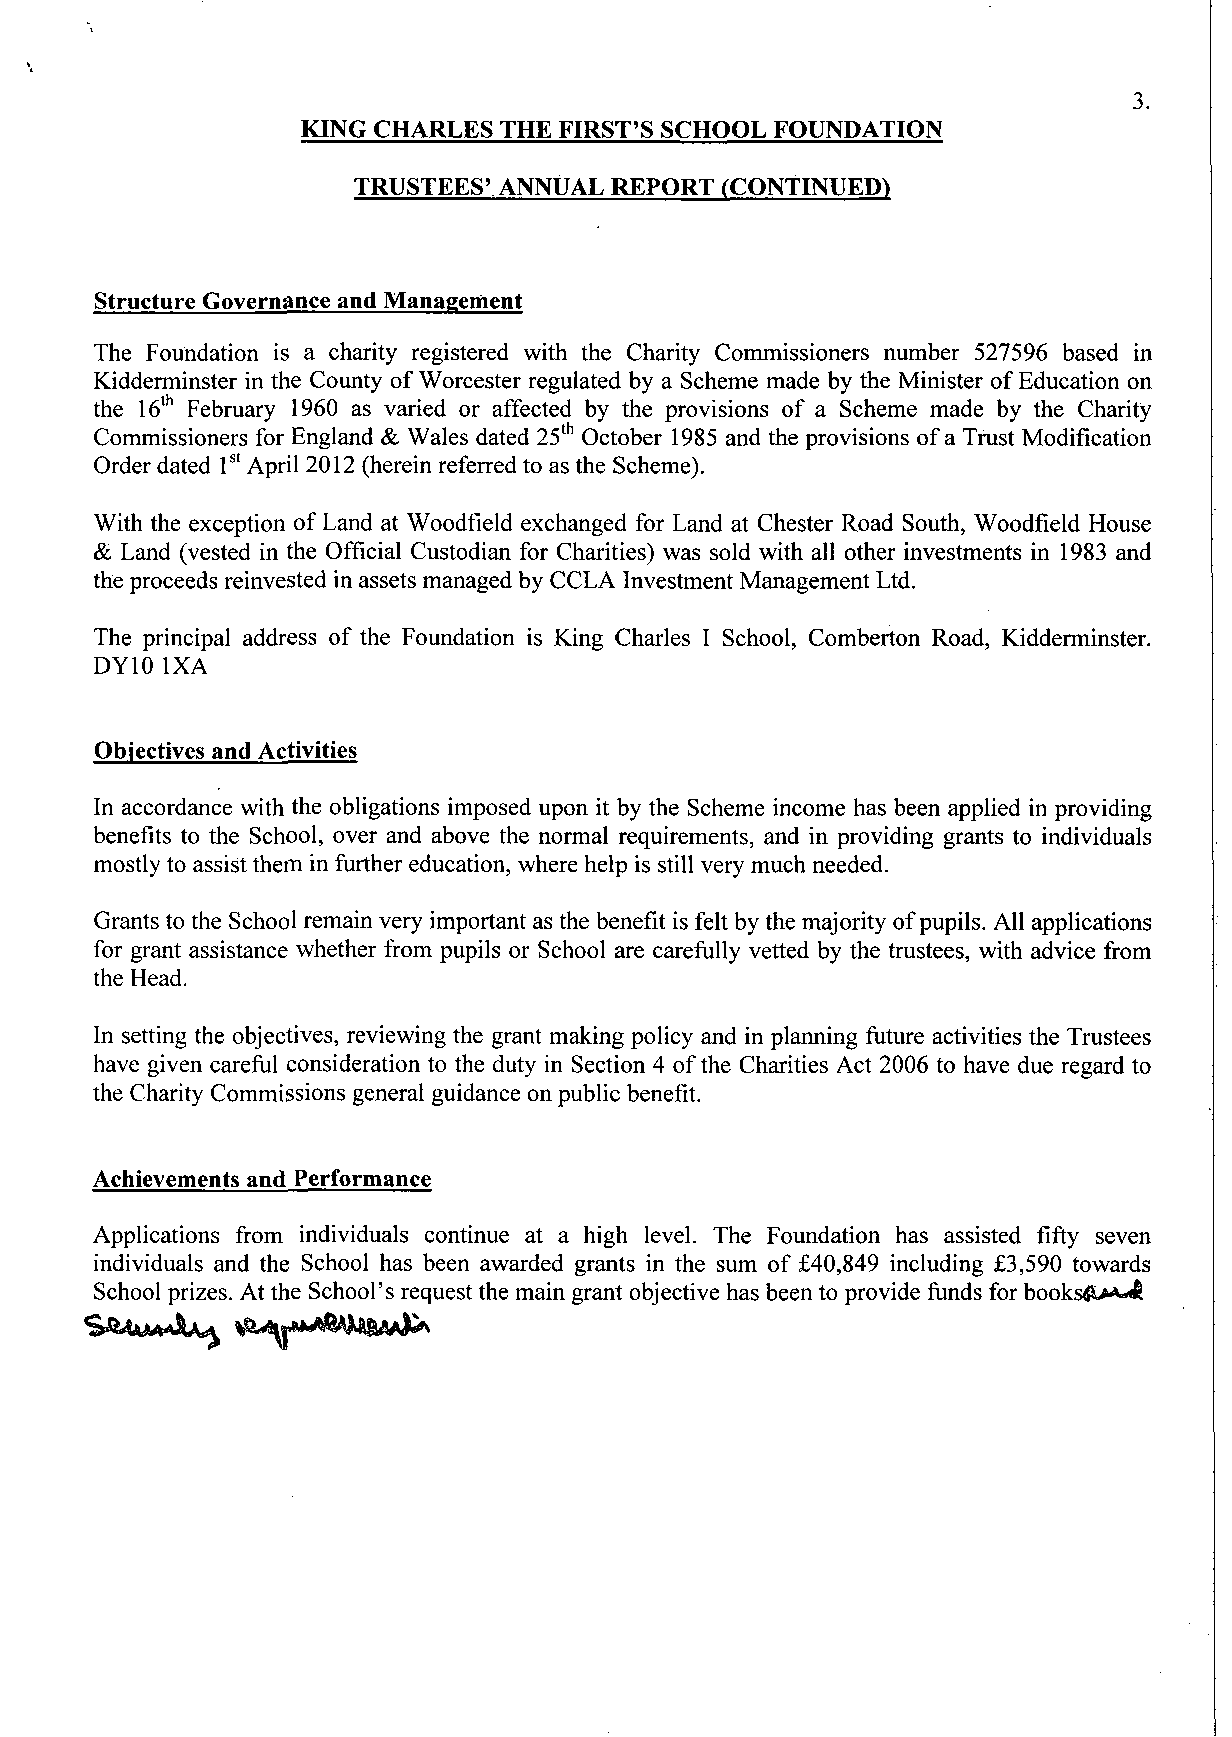
3.
 KING CHARLES THE FIRST'S SCHOOL FOUNDATION
 TRUSTEES' ANNUAL REPORT  (CONTINUED)
 Structure Governance and Management
 The Foundation is a charity registered with the Charity Commissioners number 527596 based in
 Kidderminster in the County of Worcester regulated by a Scheme made by the Minister of Education on
 the 16th February 1960 as varied or affected by the provisions of a Scheme made by the Charity
 Commissioners for England & Wales dated 25th October 1985 and the provisions of a Trust Modification
 Order dated 1st April 2012 (herein referred to as the Scheme).
 With the exception of Land at Woodfield exchanged for Land at Chester Road South, Woodfield House
 & Land (vested in the Official Custodian for Charities) was sold with all other investments in 1983 and
 the proceeds reinvested in assets managed by CCLA Investment Management Ltd.
 The principal address of the Foundation is King Charles I School, Comberton Road, Kidderminster.
 DYIO 1XA
 Objectives and Activities
 In accordance with the obligations imposed upon it by the Scheme income has been applied in providing
 benefits to the School, over and above the normal requirements, and in providing grants to individuals
 mostly to assist them in further education, where help is still very much needed.
 Grants to the School remain very important as the benefit is felt by the majority of pupils. All applications
 for grant assistance whether from pupils or School are carefully vetted by the trustees, with advice from
 the Head.
 In setting the objectives, reviewing the grant making policy and in planning future activities the Trustees
 have given careful consideration to the duty in Section 4 of the Charities Act 2006 to have due regard to
 the Charity Commissions general guidance on public benefit.
 Achievements and Performance
 Applications from individuals continue at a high level. The Foundation has assisted fifty seven
 individuals and the School has been awarded grants in the sum of £40,849 including £3,590 towards
 School prizes. At the School's request the main grant objective has been to provide funds for books&M*^